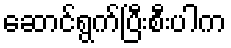
ဆောင်ရွက်ပြီးစီးပါက